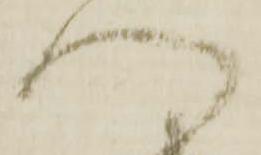
つ